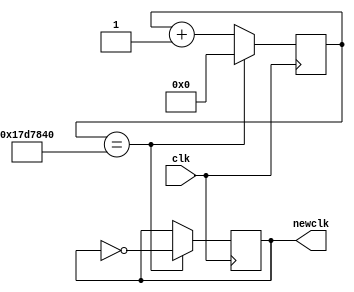
`timescale 1ns / 1ps
//////////////////////////////////////////////////////////////////////////////////
// Company: 
// Engineer: 
// 
// Design Name: 
// Module Name:    secondcounter 
// Project Name: 
// Target Devices: 
// Tool versions: 
// Description: 
//
// Dependencies: 
//
// Revision: 
// Revision 0.01 - File Created
// Additional Comments: 
//
//////////////////////////////////////////////////////////////////////////////////
module secondcounter(
    input clk,
    output reg newclk
    );
	 initial begin
		newclk = 0;
	end
	 reg [25:0] counter = 0;
	 parameter N = 25000000;
	 
	 always @(posedge clk) begin
		counter <= counter + 1;
		if (counter == N) begin
			newclk <= !newclk;
			counter <= 0;
		end
	end


endmodule